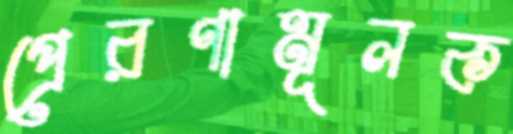
প্রেরণামূলক